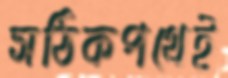
সঠিকপথেই